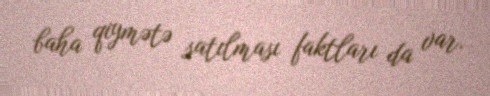
baha qiymətə satılması faktları da var.